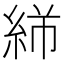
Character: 𬗓